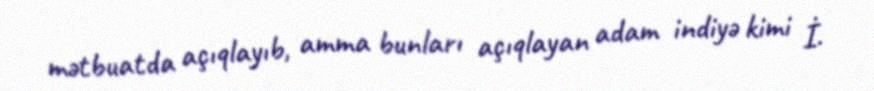
mətbuatda açıqlayıb, amma bunları açıqlayan adam indiyə kimi İ.